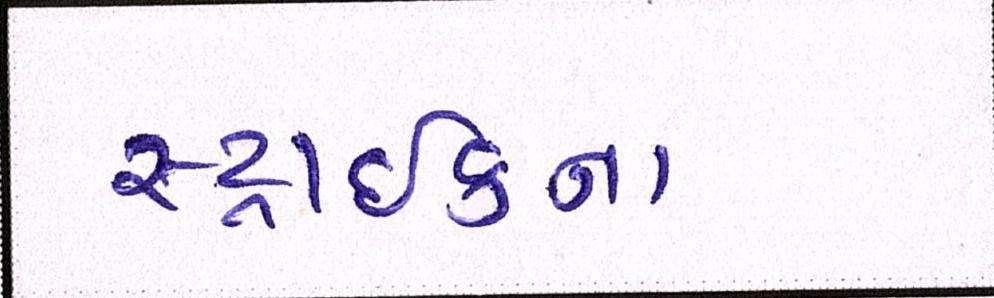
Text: સ્ટ્રાઈકના